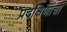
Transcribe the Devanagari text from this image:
प्रदक्षिणांचा